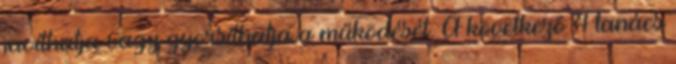
javíthatja vagy gyorsíthatja a működését. A következő 4 tanács